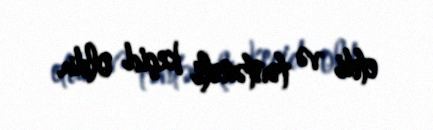
etdi və təntənəli keçid oldu.